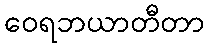
ဝေရဘယာတီတာ